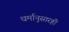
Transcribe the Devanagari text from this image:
धर्मानुसारही